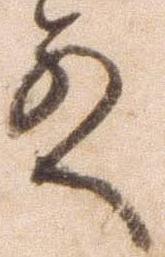
殿